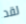
لقد